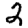
Digit: 2